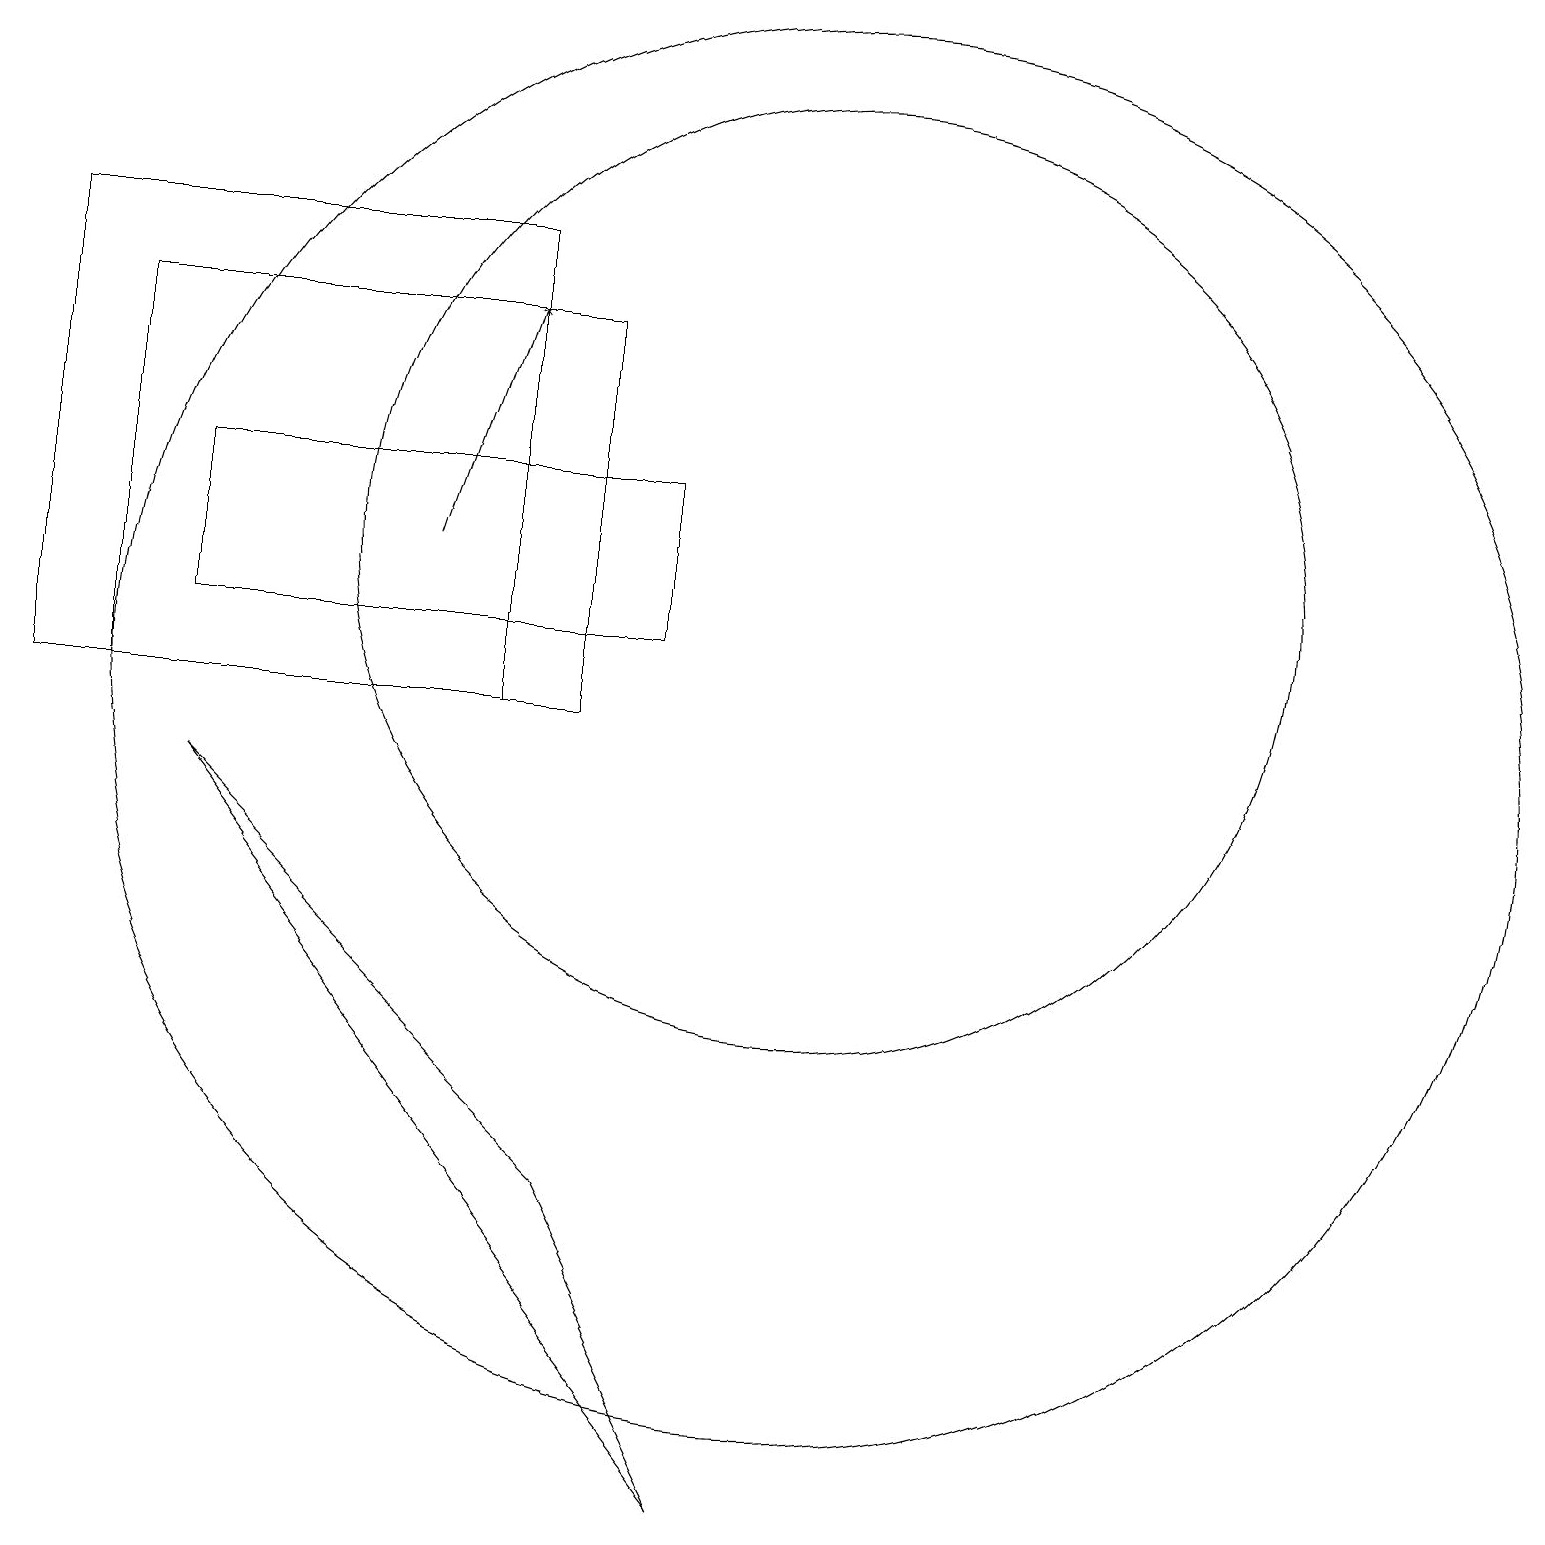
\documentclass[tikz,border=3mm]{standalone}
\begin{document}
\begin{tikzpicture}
\draw (1,15) rectangle (7,10);
\draw (8,11) rectangle (2,13);
\draw (0,16) rectangle (6,10);
\draw (6,12) rectangle (6,12);
\draw (10,10) circle (9);
\draw[->] (5,12) -- (6,15);
\draw (2,9) -- (9,0) -- (7,4) -- cycle;
\draw (10,12) circle (6);
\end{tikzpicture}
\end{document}